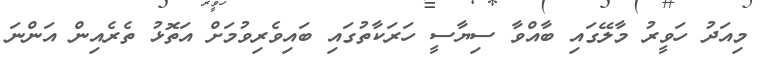
މިއަދު ހަވީރު މާލޭގައި ބާއްވާ ސިޔާސީ ހަރަކާތުގައި ބައިވެރިވުމަށް އަތޮޅު ތެރެއިން އަންނަ